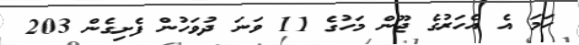
ހަމަ އެ އެހަރުގެ ޖޫން މަހުގެ 11 ވަނަ ދުވަހުން ފެށިގެން 203